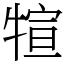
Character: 𤚗